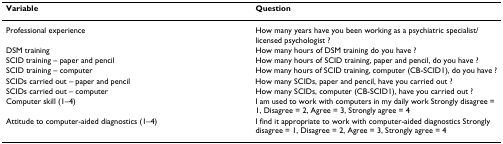
| Variable | Question |
 | --- | --- |
 | Professional experience | How many years have you been working as a psychiatric specialist/licensed psychologist ? |
 | DSM training | How many hours of DSM training do you have ? |
 | SCID training – paper and pencil | How many hours of SCID training, paper and pencil, do you have ? |
 | SCID training – computer | How many hours of SCID training, computer (CB-SCID1), do you have ? |
 | SCIDs carried out – paper and pencil | How many SCIDs, paper and pencil, have you carried out ? |
 | SCIDs carried out – computer | How many SCIDs, computer (CB-SCID1), have you carried out ? |
 | Computer skill (1–4) | I am used to work with computers in my daily work Strongly disagree = 1, Disagree = 2, Agree = 3, Strongly agree = 4 |
 | Attitude to computer-aided diagnostics (1–4) | I find it appropriate to work with computer-aided diagnostics Strongly disagree = 1, Disagree = 2, Agree = 3, Strongly agree = 4 |